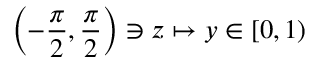
\left( - \frac { \pi } { 2 } , \frac { \pi } { 2 } \right) \ni z \mapsto y \in \left[ 0 , 1 \right)